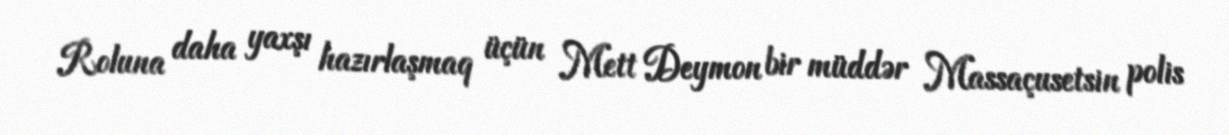
Roluna daha yaxşı hazırlaşmaq üçün Mett Deymon bir müddər Massaçusetsin polis